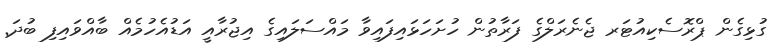
ގުޅިގެން ޕްރޮސެކިއުޓަރ ޖެނެރަލްގެ ފަރާތުން ހުށަހަޅައިފައިވާ މައްސަލައިގެ އިޖުރާއީ އަޑުއެހުމެއް ބާއްވައިފި ބުދަ